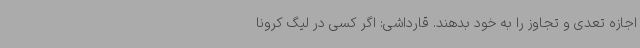
اجازه تعدی و تجاوز را به خود بدهند. قارداشی: اگر کسی در لیگ کرونا